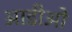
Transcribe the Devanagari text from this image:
आडीओ